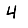
Digit: 4